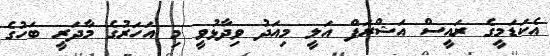
އެކަޑަމީގެ ރައީސް އަޝްރަފް އަލީ މިއަދު ވިދާޅުވީ މި އަހަރުގެ މާދަރީ ބަހުގެ